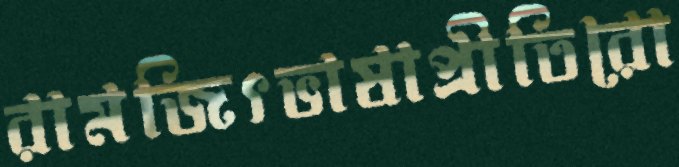
রামজিৎভাষাপ্রীতিরো